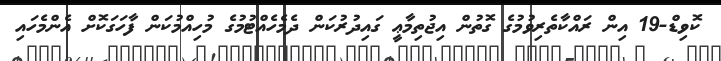
ކޮވިޑް-19 އިން ރައްކާތެރިވުމުގެ ގޮތުން އިޖުތިމާޢީ ގައިދުރުކަން ދެމެހެއްޓުމުގެ މުހިއްމުކަން ފާހަގަކޮށް އެންމެހައި